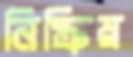
নিষ্ক্রিয়